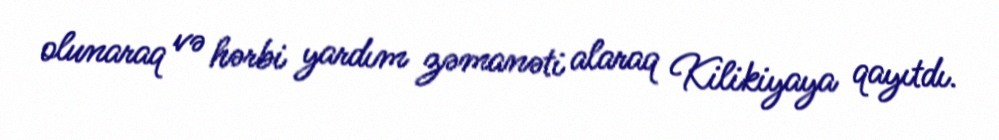
olunaraq və hərbi yardım zəmanəti alaraq Kilikiyaya qayıtdı.